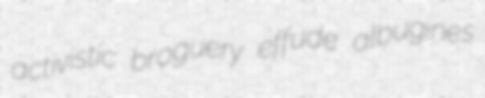
activistic broguery effude albugines